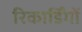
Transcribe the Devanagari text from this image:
रिकार्डिंगों